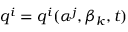
q ^ { i } = q ^ { i } ( \alpha ^ { j } , \beta _ { k } , t )